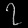
Digit: ၇